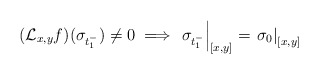
\begin{align*}(\mathcal{L}_{x,y}f)(\sigma_{t_{1}^{-}})\ne0\implies\left.\sigma_{t_{1}^{-}}\right|_{[x,y]}=\left.\sigma_{0}\right|_{[x,y]}\end{align*}